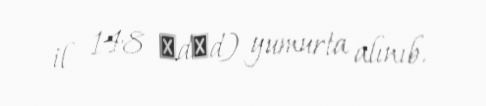
il 148 әdәd) yumurta alınıb.